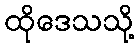
ထိုဒေသသို့